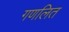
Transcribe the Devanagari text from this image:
गणलित